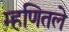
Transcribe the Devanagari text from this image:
म्हणितले